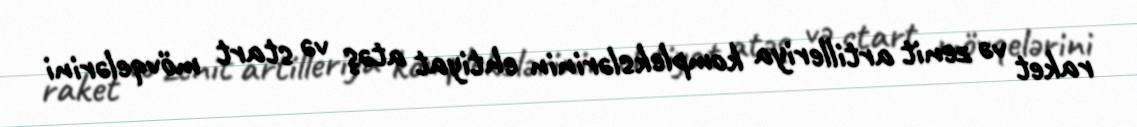
raket və zenit artilleriya komplekslərinin ehtiyat atəş və start mövqelərini